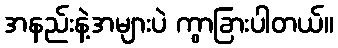
အနည်းနဲ့အများပဲ ကွာခြားပါတယ်။